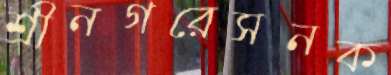
শ্রীনগরেসনক